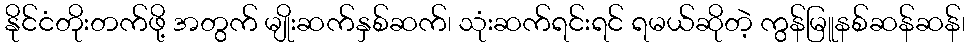
နိုင်ငံတိုးတက်ဖို့ အတွက် မျိုးဆက်နှစ်ဆက်၊ သုံးဆက်ရင်းရင် ရမယ်ဆိုတဲ့ ကွန်မြူနစ်ဆန်ဆန်၊